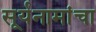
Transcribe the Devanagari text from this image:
सूर्यनामांचा